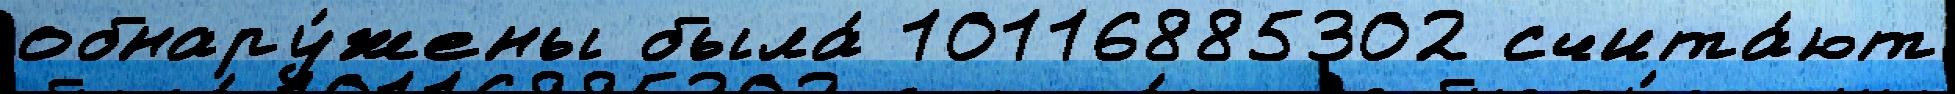
обнару́жены была́ 10116885302 счита́ют